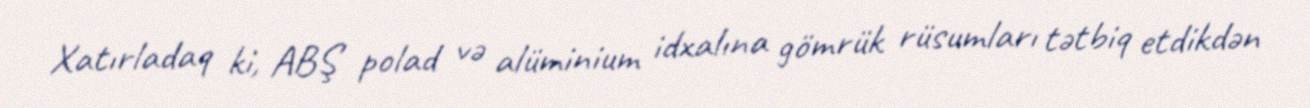
Xatırladaq ki, ABŞ polad və alüminium idxalına gömrük rüsumları tətbiq etdikdən